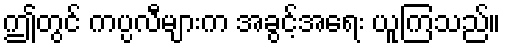
ဤတွင် ကပ္ပလီများက အခွင့်အရေး ယူကြသည်။